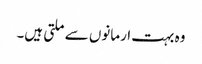
وہ بہت ارمانوں سے ملتی ہیں۔